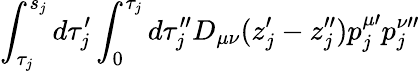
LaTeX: \int_{\tau_{j}}^{s_{j}}d\tau_{j}^{\prime}\int_{0}^{\tau_{j}}d\tau_{j}^{\prime\prime}D_{\mu\nu}(z_{j}^{\prime}-z_{j}^{\prime\prime})p_{j}^{\mu\prime}p_{j}^{\nu\prime\prime}